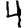
Digit: 4